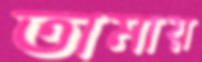
তামায়